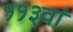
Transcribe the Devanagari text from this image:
११३वां